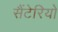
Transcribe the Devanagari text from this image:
सैंटेरियो